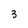
Character: 3